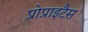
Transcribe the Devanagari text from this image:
प्रोप्राइटैस